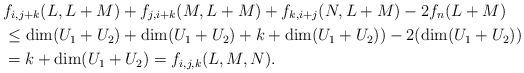
LaTeX: \begin{align*} &f_{i,j+k}(L,L+M) + f_{j,i+k}(M,L+M) + f_{k,i+j}(N,L+M) - 2f_n(L+M) \\ &\leq \dim (U_1+U_2) + \dim (U_1+U_2) + k + \dim (U_1+U_2)) - 2(\dim (U_1+U_2)) \\ &= k + \dim (U_1+U_2) = f_{i,j,k}(L,M,N).\end{align*}